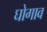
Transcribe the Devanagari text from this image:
घोगाव